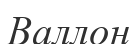
Валлон